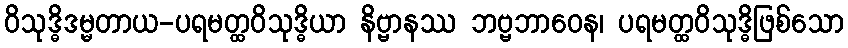
ဝိသုဒ္ဓိဒမ္မတာယ-ပရမတ္ထဝိသုဒ္ဓိယာ နိဗ္ဗာနဿ ဘဗ္ဗဘာဝေန၊ ပရမတ္ထဝိသုဒ္ဓိဖြစ်သော